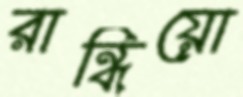
রান্ধিয়ো